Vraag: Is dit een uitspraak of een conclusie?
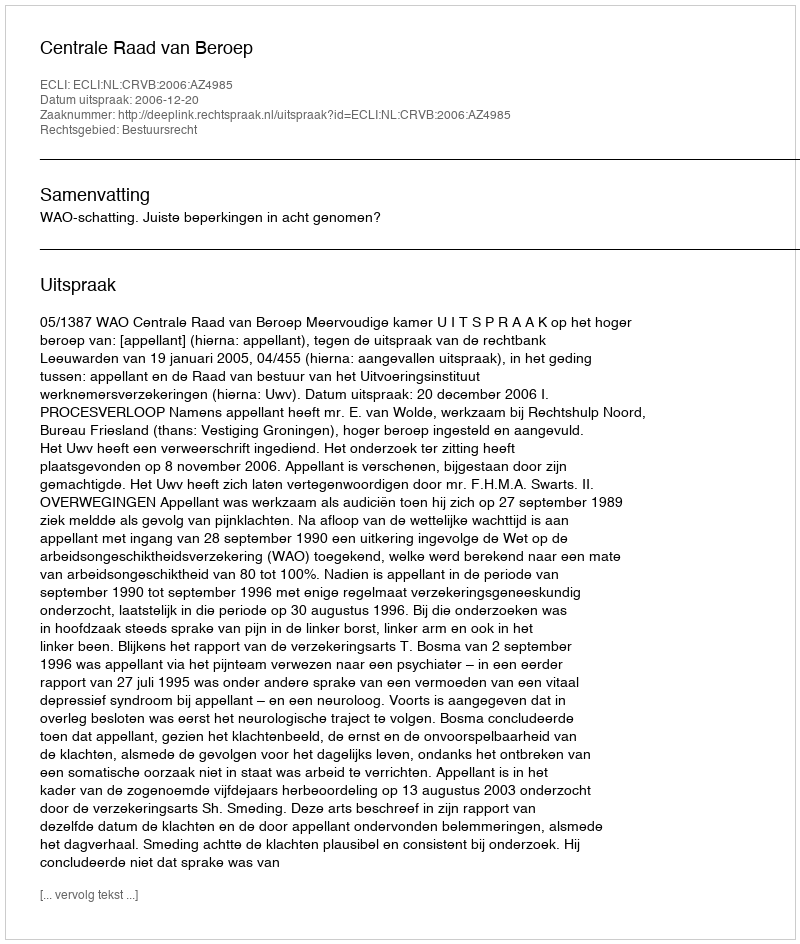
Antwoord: Uitspraak